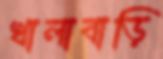
খালাবাড়ি